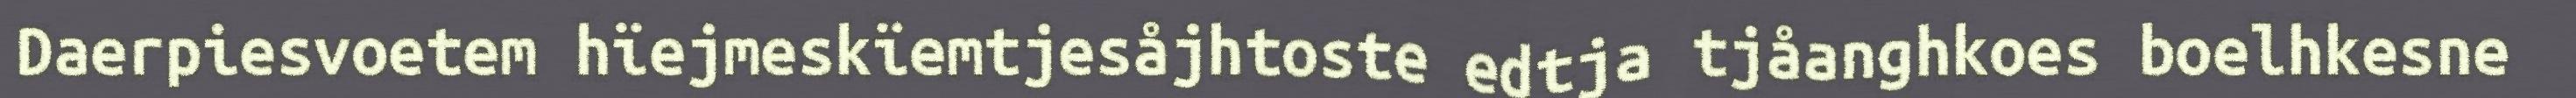
Daerpiesvoetem hïejmeskïemtjesåjhtoste edtja tjåanghkoes boelhkesne